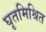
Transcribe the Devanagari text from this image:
घृतमिश्रित